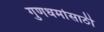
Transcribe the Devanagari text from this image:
गुणधर्मासाठी